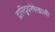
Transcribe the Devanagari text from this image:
द्रारिद्र्यरेषेखाली